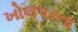
ખોલપરના